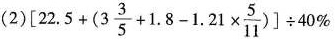
(2)$$[ 2 2 . 5 + ( 3 \frac { 3 } { 5 } + 1 . 8 - 1 . 2 1 \times \frac { 5 } { 1 1 } ) ] \div 40 %$$